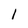
Character: 1